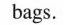
bags.